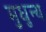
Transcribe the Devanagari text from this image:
मुधुन्थ